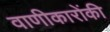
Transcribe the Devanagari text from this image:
वाणीकारोंकी